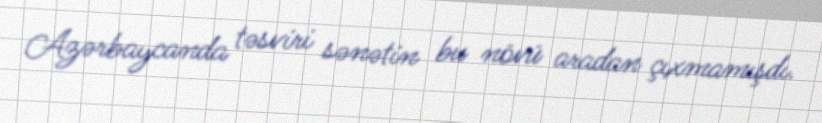
Azərbaycanda təsviri sənətin bu növü aradan çıxmamışdı.